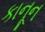
કાનૂન